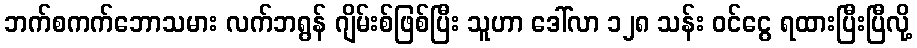
ဘက်စကက်ဘောသမား လက်ဘရွန် ဂျိမ်းစ်ဖြစ်ပြီး သူဟာ ဒေါ်လာ ၁၂၈ သန်း ဝင်ငွေ ရထားပြီးပြီလို့